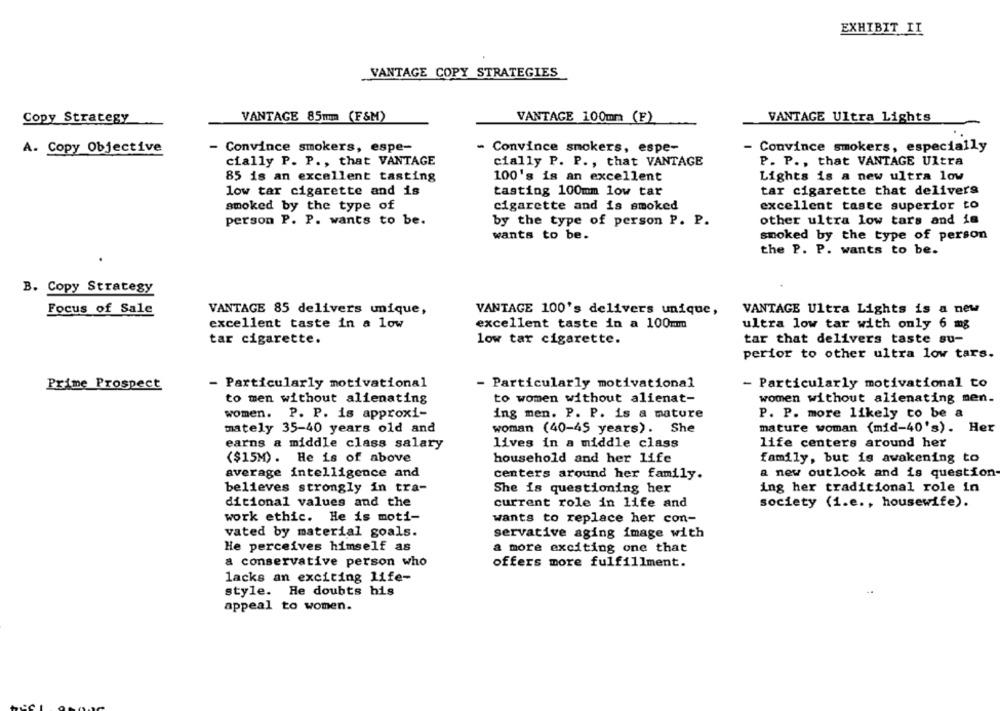
EXHIBIT II
VANTAGE COPY STRATEGIES
Copy Strategy
VANTAGE 85mm (F&M)
VANTAGE 100mm (F)
VANTAGE Ultra Lights
A. Copy Objective
- Convince smokers, espe-
- Convince smokers, espe-
- Convince smokers, especially
cially P. P ., that VANTAGE
cially P. P ., that VANTAGE
P. P ., that VANTAGE Ultra
85 is an excellent tasting
100's is an excellent
Lights is a new ultra low
low tar cigarette and is
tasting 100mm low tar
tar cigarette that delivers
smoked by the type of
cigarette and is smoked
excellent taste superior to
other ultra low tars and is
person P. P. wants to be.
by the type of person P. P.
wants to be.
smoked by the type of person
the P. P. wants to be.
.
B. Copy Strategy
Focus of Sale
VANTAGE 85 delivers unique,
VANTAGE 100's delivers unique,
VANTAGE Ultra Lights is a new
excellent taste in a low
excellent taste in a 100mm
ultra low tar with only 6 mg
tar cigarette.
low tar cigarette.
tar that delivers taste su-
perior to other ultra low tars.
- Particularly motivational
- Particularly motivational
- Particularly motivational to
Prime Prospect
to women without alienat-
to men without alienating
women without alienating men-
women. P. P. is approxi-
ing men. P. P. is a mature
P. P. more likely to be a
mately 35-40 years old and
woman (40-45 years). She
mature woman (mid-40's). Her
earns a middle class salary
lives in a middle class
life centers around her
($15M). He is of above
household and her life
family, but is awakening to
average intelligence and
centers around her family.
a new outlook and is question
believes strongly in tra-
She is questioning hex
ing her traditional role in
ditional values and the
current role in life and
society (i.e ., housewife).
work ethic. He is moti-
wants to replace her con-
vated by material goals.
servative aging image with
He perceives himself as
a more exciting one that
a conservative person who
offers more fulfillment.
lacks an exciting life-
style. He doubts his
appeal to women.